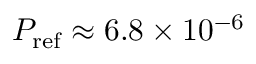
P _ { \mathrm { r e f } } \approx 6 . 8 \times 1 0 ^ { - 6 }